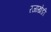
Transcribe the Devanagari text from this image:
रजाखेङी